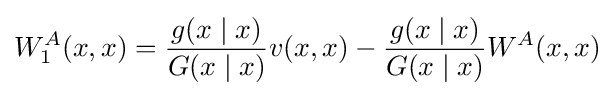
W_{1}^{A}(x,x)={\frac {g(x\mid x)}{G(x\mid x)}}v(x,x)-{\frac {g(x\mid x)}{G(x\mid x)}}W^{A}(x,x)